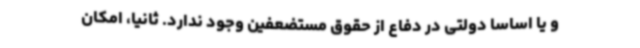
و یا اساساً دولتی در دفاع از حقوق مستضعفین وجود ندارد. ثانیاً، امکان